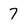
Character: 7